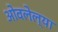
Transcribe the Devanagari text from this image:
ओवलेल्या